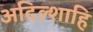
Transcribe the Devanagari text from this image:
अदिल्शाहि